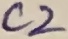
Text: C2